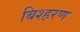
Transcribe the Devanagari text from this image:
बिश्हरण